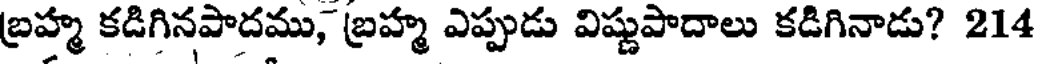
బ్రహ్మ కడిగినపాదము, బ్రహ్మ ఎప్పుడు విష్ణుపాదాలు కడిగినాడు? 214